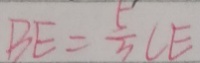
B E = \frac { 5 } { 3 } C E